Document type: Testament
Year: 1300
Scribe: Bonanat d'Esparreguera
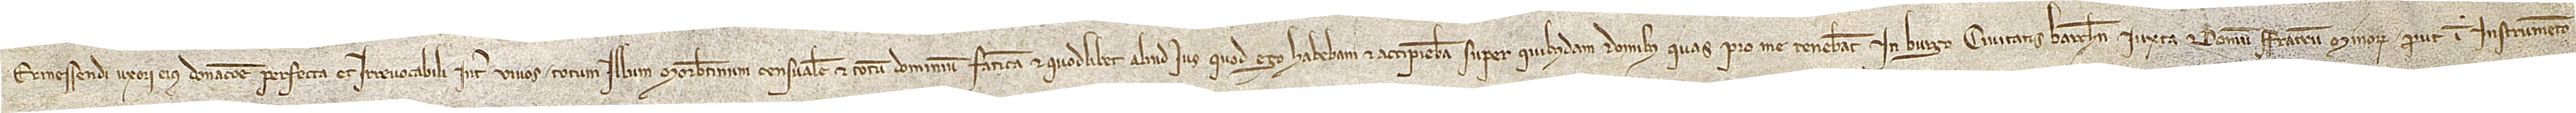
Ermessendi, uxori eius, donacione perfecta et irrevocabili inter vivos totum illum morabatinum censualem et totum dominium, faticam et quodlibet aliud ius quod ego habebam et accipiebam super quibusdam domibus quas pro me tenebant in burgo civitatis Barchinone, iuxta domum fratrum minorum, prout in instrumento